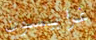
غرايسون